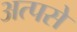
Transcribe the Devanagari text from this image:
अत्पसे